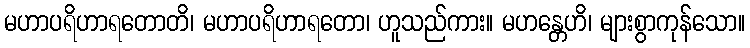
မဟာပရိဟာရတောတိ၊ မဟာပရိဟာရတော၊ ဟူသည်ကား။ မဟန္တေဟိ၊ များစွာကုန်သော။